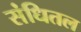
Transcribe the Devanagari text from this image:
संधितल